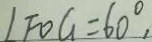
\angle F O G = 6 0 ^ { \circ } ,